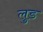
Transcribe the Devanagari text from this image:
लुड